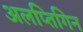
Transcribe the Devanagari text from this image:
अलप्तिगिन